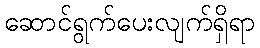
ဆောင်ရွက်ပေးလျက်ရှိရာ